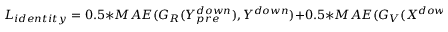
L _ { i d e n t i t y } = 0 . 5 * M A E ( G _ { R } ( Y _ { p r e } ^ { d o w n } ) , Y ^ { d o w n } ) + 0 . 5 * M A E ( G _ { V } ( X ^ { d o w n } ) , X ^ { d o w n } )